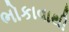
ભોકાવાથી